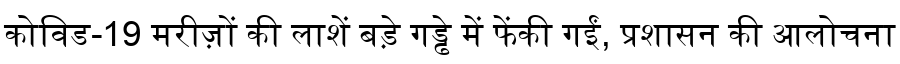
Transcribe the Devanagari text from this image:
कोविड-19 मरीज़ों की लाशें बड़े गड्ढे में फेंकी गईं, प्रशासन की आलोचना